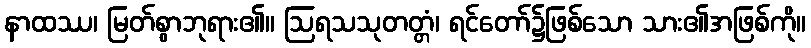
နာထဿ၊ မြတ်စွာဘုရား၏။ ဩရသသုတတ္တံ၊ ရင်တော်၌ဖြစ်သော သား၏အဖြစ်ကို။